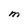
Character: M